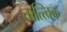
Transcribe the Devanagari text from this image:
तात्त्‍विक